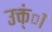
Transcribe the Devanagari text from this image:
उक्त्ंा